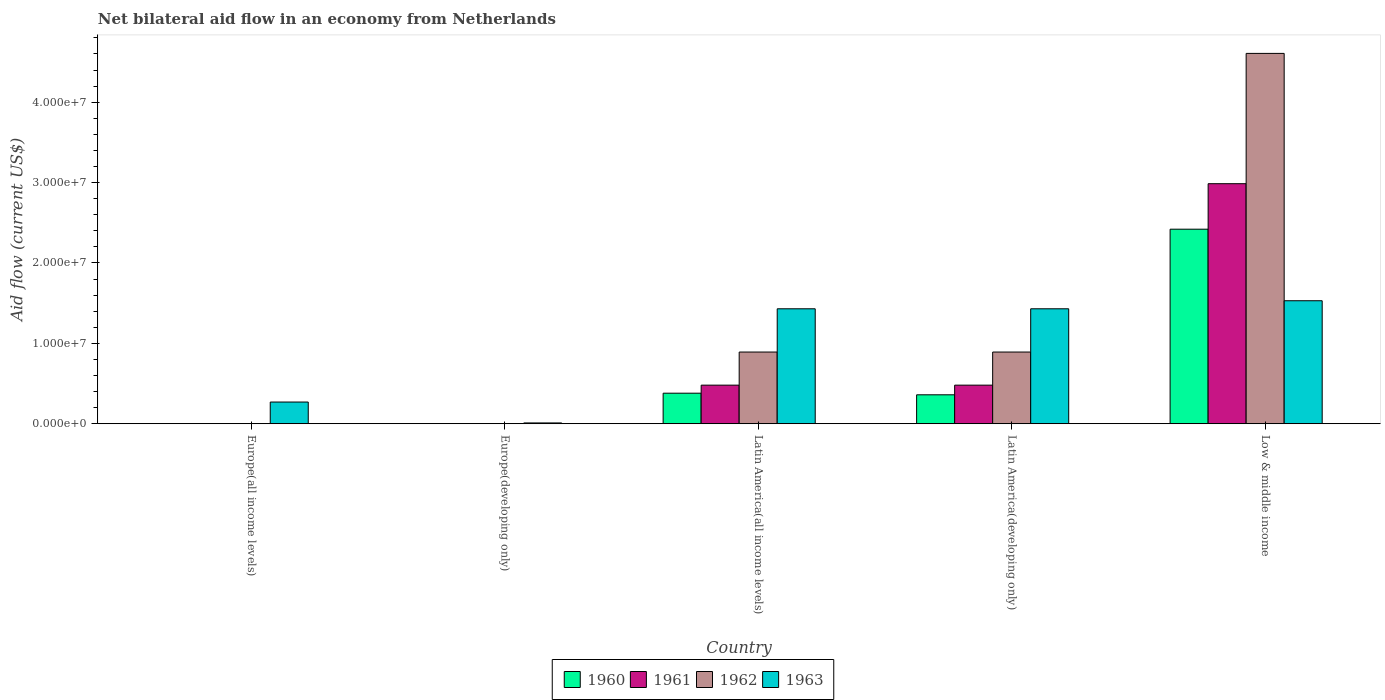
| Country | 1960 | 1961 | 1962 | 1963 |
 | --- | --- | --- | --- | --- |
 | Europe(all income levels) | -9e+05 | -5e+05 | -3e+04 | 2.7e+06 |
 | Europe(developing only) | -1e+06 | -1.03e+06 | -6.1e+05 | 1e+05 |
 | Latin America(all income levels) | 3.8e+06 | 4.8e+06 | 8.92e+06 | 1.43e+07 |
 | Latin America(developing only) | 3.6e+06 | 4.8e+06 | 8.92e+06 | 1.43e+07 |
 | Low & middle income | 2.42e+07 | 2.99e+07 | 4.61e+07 | 1.53e+07 |